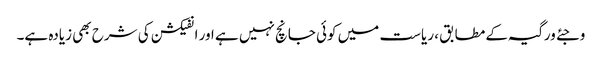
وجئے ورگیہ کے مطابق ، ریاست میں کوئی جانچ نہیں ہے اور انفیکشن کی شرح بھی زیادہ ہے۔